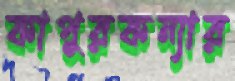
কাপুরকন্যার